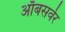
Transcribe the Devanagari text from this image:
ऑबसर्वर